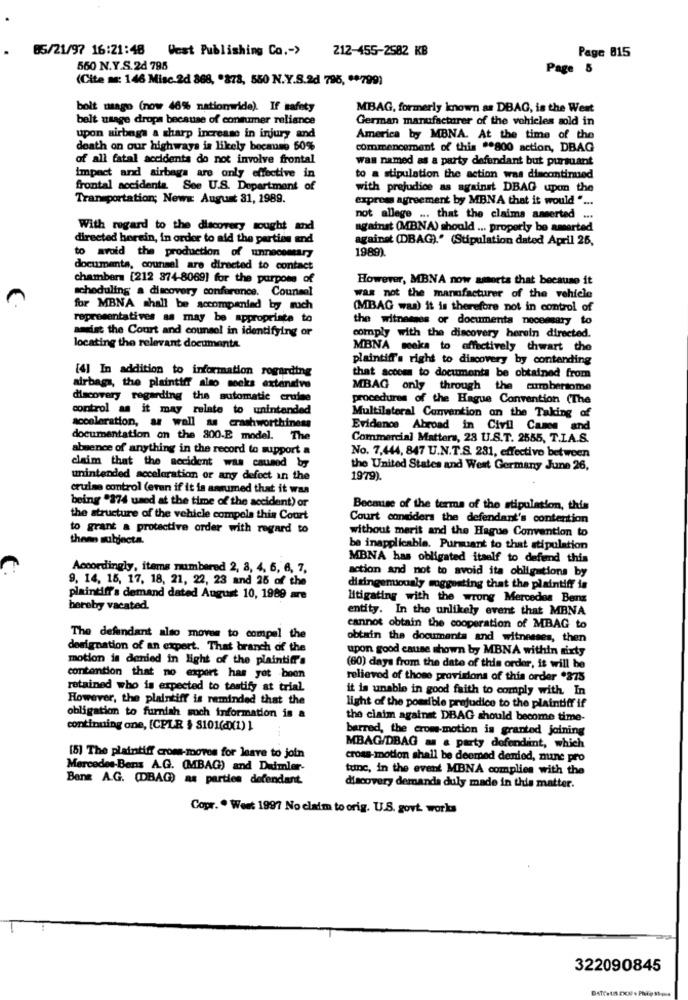
65/21/97 16:21:48
West Publishing Co .- >
212-455-2582 KB
Page 815
560 N.Y.S.2d 795
Page 5
(Cite me: 146 Misc 2d 868, "878, 550 N.Y.S.2d 796, ** 799)
bolt maago (now 46% nationwide). If safety
MBAG, formerly known as DBAG, is the West
belt usage drops because of consumer reliance
German manufacturer of the vehicles sold in
upon airbags a sharp increase in injury and
America by MBNA. At the time of the
death on our highways is likely bocmano 50%
commencement of this ** 800 action, DBAG
of all fatal accidents do not involve frontal
was named as a party defendant but pursuant
Impact and airbags are only effective in
to a stipulation the action was discontinued
frontal accidenta. See U.S. Department of
with prejudice as against DBAG upon the
Transportation; Neww August 31, 1989.
express agreement by MBNA that it would " ...
not allege ... that the claims amerted ...
With regard to the discovery sought and
against (MBNA) should ... properly bo amerted
directed horein, in order to aid the parties and
against (DBAG)." (Stipulation dated April 25,
1989)
to avoid the production of unnecessary
documenta, counsel are directed to contact
chambers [212 874-8069] for the purpose of
However, MBNA now amorts that because it
scheduling a discovery conference. Counsel
m
was not the manufacturer of the vehicle
for MBNA shall be accompanied by such
(MBAG waa) it is therefore not in control of
representatives as may be appropriate to
the witnesses or documenta necessary to
andist the Court and counsel in identifying or
comply with the discovery herein directed.
locating the relevant documents.
MBNA meeka to effectively thwart the
plaintiff's right to discovery by contending
[4] In addition to information regarding
that accom to documents be obtained from
airbags, the plaintiff also mocks extensive
MBAG only through the cumbersome
discovery regarding the automatic cruise
procedures of the Hague Convention (The
control as it may relate to unintended
Multilateral Convention on the Taking of
acceleration, as well as crashworthiness
Evidence Abroad in Civil Cases and
documentation on the 800.E model. The
Commercial Matters, 28 U.S.T. 2555, T.I.A.S.
absence of anything in the record to support a
No. 7,444, 847 U.N.T.S. 281, effective between
claim that the accident was caused by
the United States and West Germany June 26,
unintended acceleration or any defect in the
1979).
cruise control (even if it is assumed that it was
being "374 used at the time of the accident) or
Because of the terms of the stipulation, this
the structure of the vehicle compela this Court
Court considers the defendant's contention
to grant a protective order with regard to
without merit and the Hague Convention to
theen subjecta.
be inapplicable. Pursuant to that stipulation
MBNA has obligated itself to defend this
Accordingly, items numbered 2, 8, 4, 5, 6, 7,
action and not to avoid ita obligations by
9, 14, 15, 17, 18, 21, 22, 23 and 25 of the
disingenuously suggesting that the plaintiff is
plaintiff's demand dated August 10, 1989 are
litigating with the wrong Mercedes Benz
hereby vacated.
entity. In the unlikely event that MBNA
cannot obtain the cooperation of MBAG to
The defendant also moves to compel the
obtain the documents and witnesses, then
designation of an expert. That branch of the
upon good cause shown by MBNA within sixty
motion is denied in light of the plaintiff's
(60) days from the date of this order, it will be
contention that no expert has yet been
relieved of those provisions of this order *375
retained who is expected to testify at trial
it is unable in good faith to comply with In
However, the plaintiff is reminded that the
light of the possible prejudice to the plaintiff if
obligation to furnish much information is a
the claim against DBAG should become time-
continuing one, [CPLR $ 8101(dx1)]
barred, the crom-motion is granted joining
MBAG/DBAG as & party dofendint, which
[5] The plaintiff crom-moves for leave to join
cross-motion shall be deemed denied, mine pro
Mercedes-Benz A.G. (MBAG) and Daimler-
tunc, in the event MBNA complies with the
Bens A.G. (DBAG) as parties defendant.
discovery demanda duly made in this matter.
Copr. . Went 1997 No claim to orig. U.S. govt. works
322090845